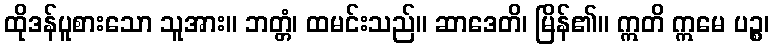
ထိုဒန်ပူစားသော သူအား။ ဘတ္တံ၊ ထမင်းသည်။ ဆာဒေတိ၊ မြိန်၏။ ဣတိ ဣမေ ပဉ္စ၊